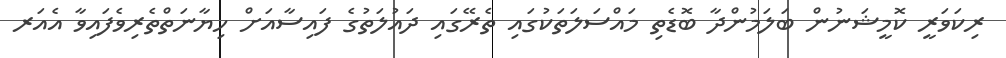
ރިކަވަރީ ކޮމީޝަނުން ބަލަމުންދާ ބޮޑެތި މައްސަލަތަކުގައި ތެރޭގައި ދައުލަތުގެ ފައިސާއަށް ހިޔާނަތްތެރިވެފައިވާ އެއަރ